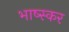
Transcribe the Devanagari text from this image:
भाष्स्कर